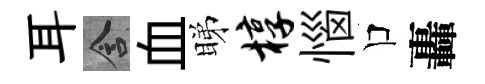
耳含血睇椁惱口轟